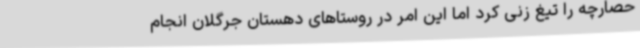
حصارچه را تیغ زنی کرد اما این امر در روستاهای دهستان جرگلان انجام